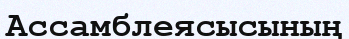
Ассамблеясысының